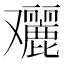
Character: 𠮔